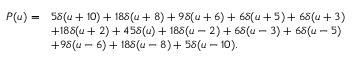
{ \begin{array} { r l } { P ( u ) = } & { 5 \delta ( u + 1 0 ) + 1 8 \delta ( u + 8 ) + 9 \delta ( u + 6 ) + 6 \delta ( u + 5 ) + 6 \delta ( u + 3 ) } \\ & { + 1 8 \delta ( u + 2 ) + 4 5 \delta ( u ) + 1 8 \delta ( u - 2 ) + 6 \delta ( u - 3 ) + 6 \delta ( u - 5 ) } \\ & { + 9 \delta ( u - 6 ) + 1 8 \delta ( u - 8 ) + 5 \delta ( u - 1 0 ) . } \end{array} }